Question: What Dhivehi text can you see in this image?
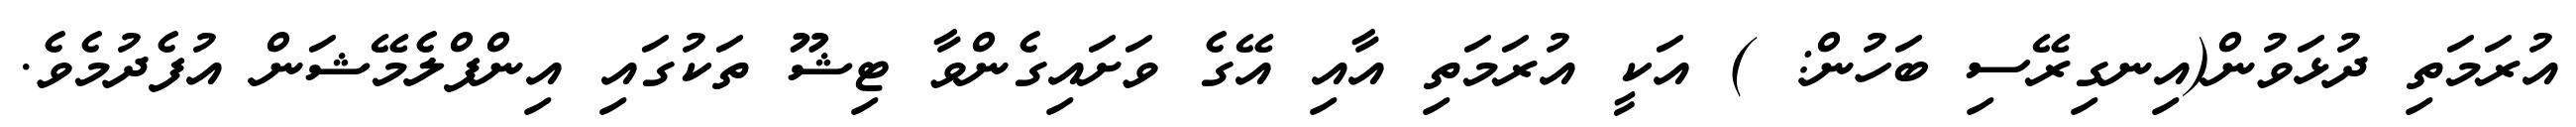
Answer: އުރަމަތި ދުޅަވުން(އިނގިރޭސި ބަހުން: ) އަކީ އުރަމަތި އާއި އޭގެ ވަށައިގެންވާ ޓިޝޫ ތަކުގައި އިންފްލެމޭޝަން އުފެދުމެވެ.